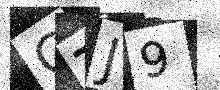
Text: GTJ9